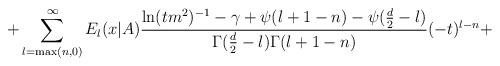
LaTeX: \begin{align*}+\sum_{l={\rm max}(n,0)}^\infty E_l(x|A)\frac{\ln(tm^2)^{-1}-\gamma+\psi(l+1-n)-\psi(\frac{d}{2}-l)}{\Gamma(\frac{d}{2}-l)\Gamma(l+1-n)}(-t)^{l-n}+\end{align*}